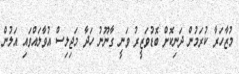
މުޒާހަރާ ކުރަމުން ދަނިކޮށް ބޮޑުވަޒީރު ވަނީ ގާނޫނު ހަދާ މަޖިލިސް އުވާލައްވައި އަލުން